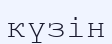
күзін